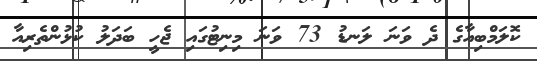
ކޮލަމްބިއާގެ ދެ ވަނަ ލަނޑު 73 ވަނަ މިނިޓުގައި ޖެހީ ބަދަލު ކުޅުންތެރިއާ